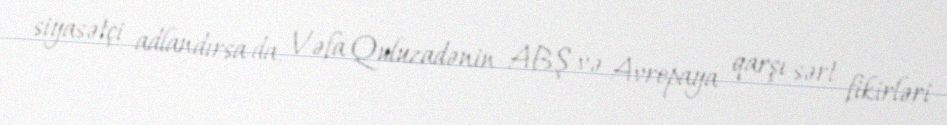
siyasətçi adlandırsa da, Vəfa Quluzadənin ABŞ və Avropaya qarşı sərt fikirləri